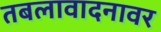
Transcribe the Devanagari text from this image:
तबलावादनावर